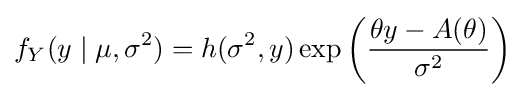
f_{Y}(y\mid \mu ,\sigma ^{2})=h(\sigma ^{2},y)\exp \left({\frac {\theta y-A(\theta )}{\sigma ^{2}}}\right)\,\!